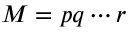
M = p q \cdots r